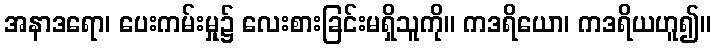
အနာဒရော၊ ပေးကမ်းမှု၌ လေးစားခြင်းမရှိသူကို။ ကဒရိယော၊ ကဒရိယဟူ၍။